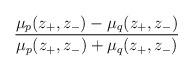
LaTeX: \begin{align*}{\frac{\mu_p(z_+,z_-)-\mu_q(z_+,z_-)}{\mu_p(z_+,z_-)+\mu_q(z_+,z_-)}}\end{align*}